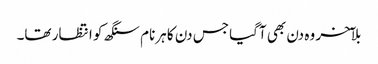
بلآخر وہ دن بھی آگیا جس دن کا ہرنام سنگھ کو انتظار تھا۔